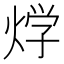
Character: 𤊀